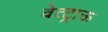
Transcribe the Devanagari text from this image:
वेत्ट्राऊ